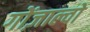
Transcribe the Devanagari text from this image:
गोंज़ाल्वो